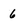
Character: 6